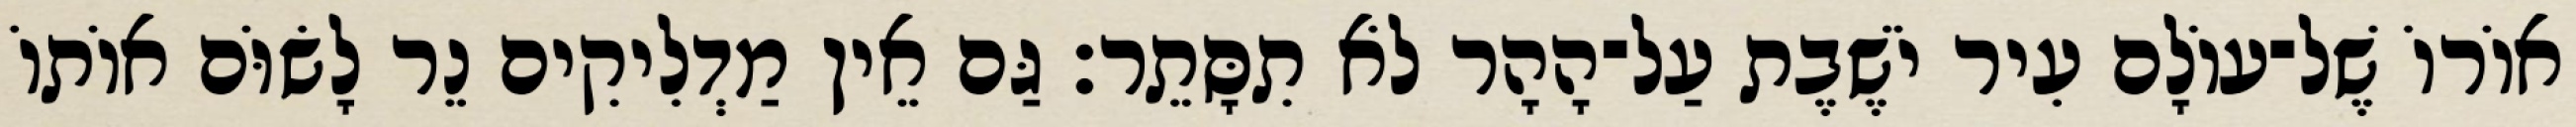
אוֹרוֹ שֶׁל־עוֹלָם עִיר יֹשֶׁבֶת עַל־הָהָר לֹא תִסָּתֵר׃ גַּם אֵין מַדְלִיקִים נֵר לָשׂוֹּם אוֹתוֹ